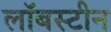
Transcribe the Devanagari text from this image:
लॉबस्टीन